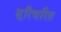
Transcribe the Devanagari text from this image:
सूरिचरित